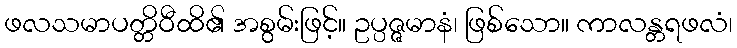
ဖလသမာပတ္တိဝီထိ၏ အစွမ်းဖြင့်။ ဥပ္ပဇ္ဇမာနံ၊ ဖြစ်သော။ ကာလန္တရဖလံ၊